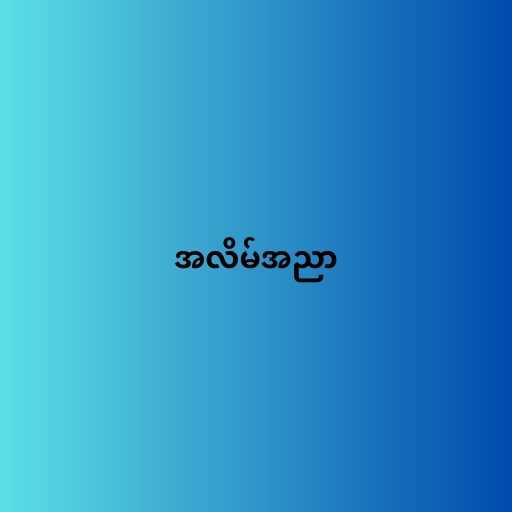
အလိမ်အညာ